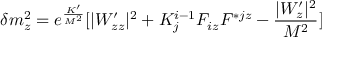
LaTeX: \delta m _ { z } ^ { 2 } = e ^ { \frac { K ^ { \prime } } { M ^ { 2 } } } [ | W _ { z z } ^ { \prime } | ^ { 2 } + K _ { j } ^ { i - 1 } F _ { i z } F ^ { * j z } - { \frac { | W _ { z } ^ { \prime } | ^ { 2 } } { M ^ { 2 } } } ]